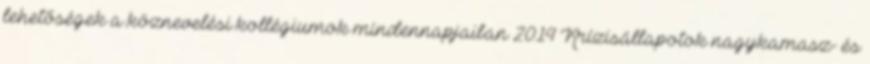
lehetőségek a köznevelési kollégiumok mindennapjaiban 2014 Krízisállapotok nagykamasz- és